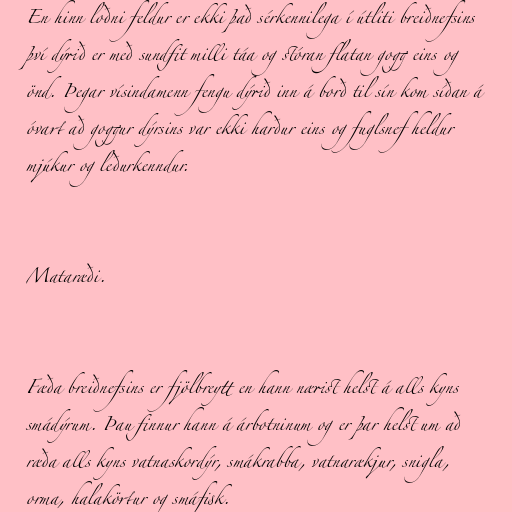
En hinn loðni feldur er ekki það sérkennilega í útliti breiðnefsins
því dýrið er með sundfit milli táa og stóran flatan gogg eins og
önd. Þegar vísindamenn fengu dýrið inn á borð til sín kom síðan á
óvart að goggur dýrsins var ekki harður eins og fuglsnef heldur
mjúkur og leðurkenndur.

Mataræði.

Fæða breiðnefsins er fjölbreytt en hann nærist helst á alls kyns
smádýrum. Þau finnur hann á árbotninum og er þar helst um að
ræða alls kyns vatnaskordýr, smákrabba, vatnarækjur, snigla,
orma, halakörtur og smáfisk.